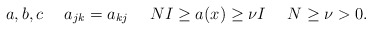
\begin{align*} a,b,c\ \ \ \ a_{jk}=a_{kj}\ \ \ \ NI\ge a(x)\ge\nu I \ \ \ \ N\ge\nu>0.\end{align*}